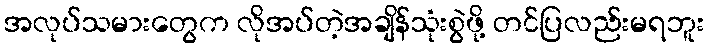
အလုပ်သမားတွေက လိုအပ်တဲ့အချိန်သုံးစွဲဖို့ တင်ပြလည်းမရဘူး